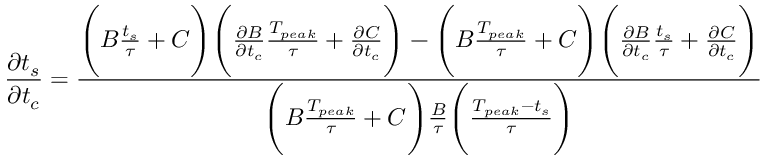
\frac { \partial t _ { s } } { \partial t _ { c } } = \frac { \Bigg ( B \frac { t _ { s } } { \tau } + C \Bigg ) \Bigg ( \frac { \partial B } { \partial t _ { c } } \frac { T _ { p e a k } } { \tau } + \frac { \partial C } { \partial t _ { c } } \Bigg ) - \Bigg ( B \frac { T _ { p e a k } } { \tau } + C \Bigg ) \Bigg ( \frac { \partial B } { \partial t _ { c } } \frac { t _ { s } } { \tau } + \frac { \partial C } { \partial t _ { c } } \Bigg ) } { \Bigg ( B \frac { T _ { p e a k } } { \tau } + C \Bigg ) \frac { B } { \tau } \Bigg ( \frac { T _ { p e a k } - t _ { s } } { \tau } \Bigg ) }